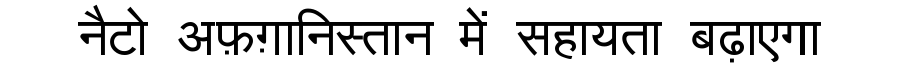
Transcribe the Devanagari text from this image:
नैटो अफ़ग़ानिस्तान में सहायता बढ़ाएगा